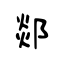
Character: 郯